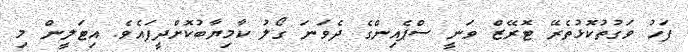
ފަހު ވަގުތުކޮޅުތެރޭ ޓޮރޭޒް ވަނީ ސްޕެއިންގެ ދެވަނަ ގޯލު ކާމިޔާބުކޮށްދީފައެވެ. އިޓަލީން މި